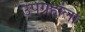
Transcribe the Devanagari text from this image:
उपग्रहांला